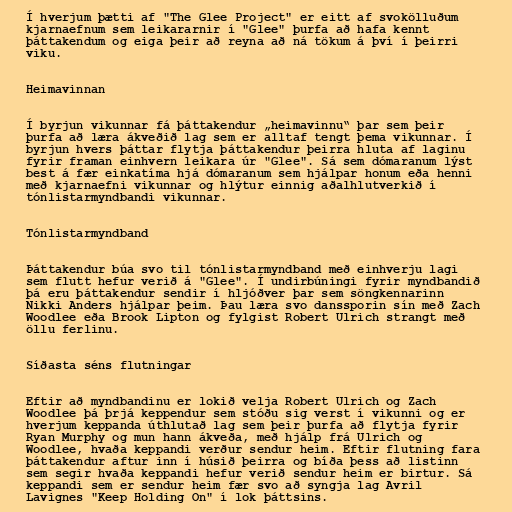
Í hverjum þætti af "The Glee Project" er eitt af svokölluðum
kjarnaefnum sem leikararnir í "Glee" þurfa að hafa kennt
þáttakendum og eiga þeir að reyna að ná tökum á því í þeirri
viku.

Heimavinnan

Í byrjun vikunnar fá þáttakendur „heimavinnu“ þar sem þeir
þurfa að læra ákveðið lag sem er alltaf tengt þema vikunnar. Í
byrjun hvers þáttar flytja þáttakendur þeirra hluta af laginu
fyrir framan einhvern leikara úr "Glee". Sá sem dómaranum lýst
best á fær einkatíma hjá dómaranum sem hjálpar honum eða henni
með kjarnaefni vikunnar og hlýtur einnig aðalhlutverkið í
tónlistarmyndbandi vikunnar.

Tónlistarmyndband

Þáttakendur búa svo til tónlistarmyndband með einhverju lagi
sem flutt hefur verið á "Glee". Í undirbúningi fyrir myndbandið
þá eru þáttakendur sendir í hljóðver þar sem söngkennarinn
Nikki Anders hjálpar þeim. Þau læra svo danssporin sín með Zach
Woodlee eða Brook Lipton og fylgist Robert Ulrich strangt með
öllu ferlinu.

Síðasta séns flutningar

Eftir að myndbandinu er lokið velja Robert Ulrich og Zach
Woodlee þá þrjá keppendur sem stóðu sig verst í vikunni og er
hverjum keppanda úthlutað lag sem þeir þurfa að flytja fyrir
Ryan Murphy og mun hann ákveða, með hjálp frá Ulrich og
Woodlee, hvaða keppandi verður sendur heim. Eftir flutning fara
þáttakendur aftur inn í húsið þeirra og bíða þess að listinn
sem segir hvaða keppandi hefur verið sendur heim er birtur. Sá
keppandi sem er sendur heim fær svo að syngja lag Avril
Lavignes "Keep Holding On" í lok þáttsins.